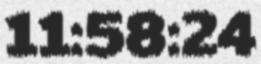
11:58:24